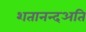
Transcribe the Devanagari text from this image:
शतानन्दअति